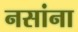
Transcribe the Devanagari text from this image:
नसांना